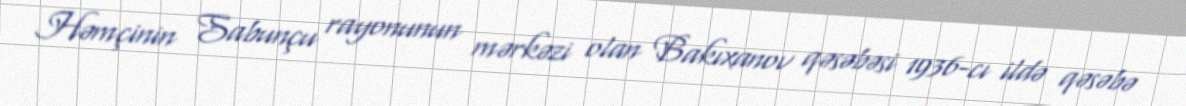
Həmçinin Sabunçu rayonunun mərkəzi olan Bakıxanov qəsəbəsi 1936-cı ildə qəsəbə